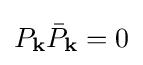
P_{\mathbf {k} }{\bar {P}}_{\mathbf {k} }=0